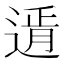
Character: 𨕋